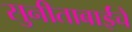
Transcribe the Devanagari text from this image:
सुनीताबाईंचे